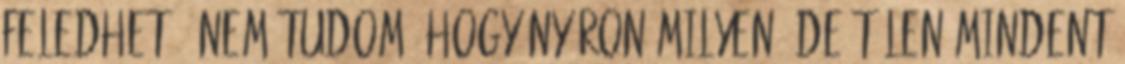
feledhető. Nem tudom, hogy nyáron milyen, de télen mindent